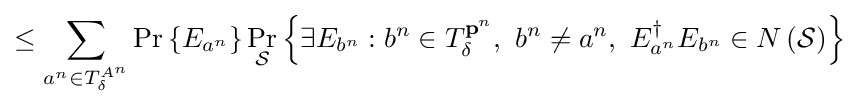
\leq \sum _{a^{n}\in T_{\delta }^{A^{n}}}\Pr \left\{E_{a^{n}}\right\}\Pr _{\mathcal {S}}\left\{\exists E_{b^{n}}:b^{n}\in T_{\delta }^{\mathbf {p} ^{n}},\ b^{n}\neq a^{n},\ E_{a^{n}}^{\dagger }E_{b^{n}}\in N\left({\mathcal {S}}\right)\right\}